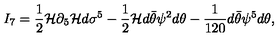
I _ { 7 } = { \frac { 1 } { 2 } } { \cal H } \partial _ { 5 } { \cal H } d \sigma ^ { 5 } - { \frac { 1 } { 2 } } { \cal H } d \bar { \theta } \psi ^ { 2 } d \theta - { \frac { 1 } { 1 2 0 } } d \bar { \theta } \psi ^ { 5 } d \theta ,